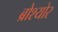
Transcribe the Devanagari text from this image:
ब्रोश्योर